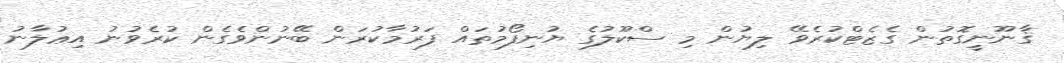
ޤާނޫނީގޮތުން ގެޒެޓްކުރެވޭ ލިޔުން މި ސްކޫލުގެ ޔުނިފޯމުތައް ފަރުމާކުރަން ބޭނުންވެގެން ކުރެވުނު އިޢުލާނު